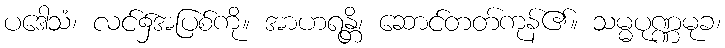
ပဒေါသံ၊ လင်၌အပြစ်ကို။ အာဟရန္တိ၊ ဆောင်တတ်ကုန်၏။ သမ္မပုဏ္ဏမုခ၊